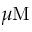
\mu \mathrm { M }